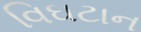
વિઘટાન